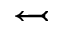
\leftarrowtail